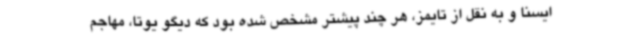
ایسنا و به نقل از تایمز، هر چند پیشتر مشخص شده بود که دیگو یوتا، مهاجم